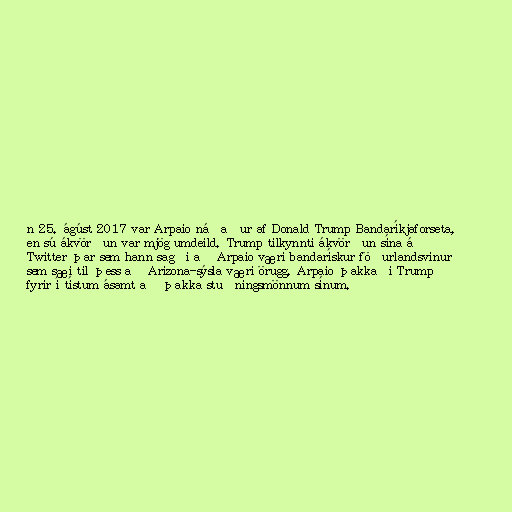
n 25. ágúst 2017 var Arpaio náðaður af Donald Trump Bandaríkjaforseta,
en sú ákvörðun var mjög umdeild. Trump tilkynnti ákvörðun sína á
Twitter þar sem hann sagði að Arpaio væri bandarískur föðurlandsvinur
sem sæi til þess að Arizona-sýsla væri örugg. Arpaio þakkaði Trump
fyrir í tístum ásamt að þakka stuðningsmönnum sínum.